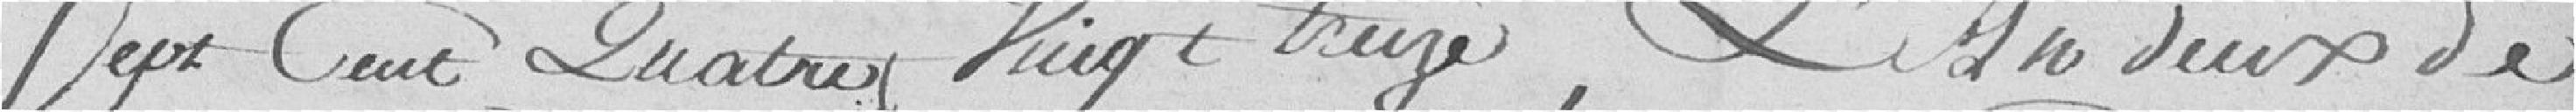
Sept Cent quatre Vingt treize, L'An deux de